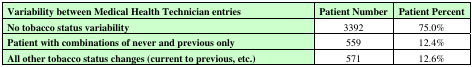
<table><thead><tr><td><b>Variability between Medical Health Technician entries</b></td><td><b>Patient Number</b></td><td><b>Patient Percent</b></td></tr></thead><tbody><tr><td><b>No tobacco status variability</b></td><td>3392</td><td>75.0%</td></tr><tr><td><b>Patient with combinations of never and previous only</b></td><td>559</td><td>12.4%</td></tr><tr><td><b>All other tobacco status changes (current to previous, etc.)</b></td><td>571</td><td>12.6%</td></tr></tbody></table>